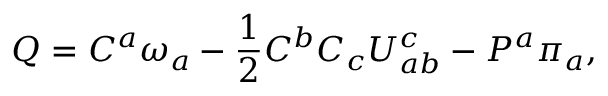
Q = C ^ { a } \omega _ { a } - { \frac { 1 } { 2 } } C ^ { b } C _ { c } U _ { a b } ^ { c } - P ^ { a } \pi _ { a } ,